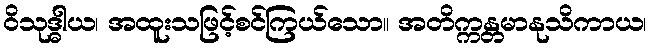
ဝိသုဒ္ဓါယ၊ အထူးသဖြင့်စင်ကြယ်သော။ အတိက္ကန္တမာနုသိကာယ၊